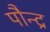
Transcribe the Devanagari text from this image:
पौन्द्र